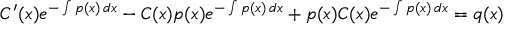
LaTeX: C ^ { \prime } ( x ) e ^ { - \int p ( x ) \, d x } - C ( x ) p ( x ) e ^ { - \int p ( x ) \, d x } + p ( x ) C ( x ) e ^ { - \int p ( x ) \, d x } = q ( x )